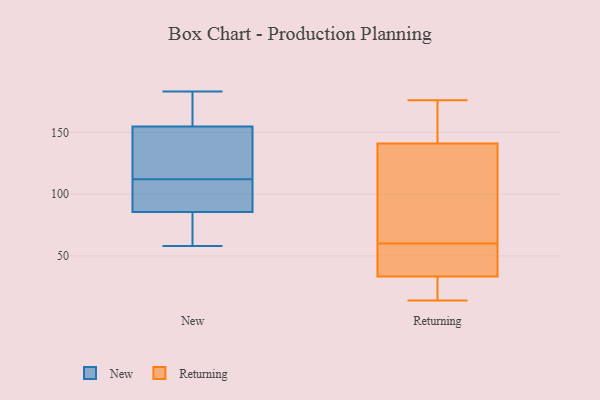
{"axis": {"x": "Budget (USD K)", "y": "Value"}, "legend": ["New", "Returning"], "data": [{"x": "", "y": 88, "type": "New"}, {"x": "", "y": 100, "type": "New"}, {"x": "", "y": 154, "type": "New"}, {"x": "", "y": 58, "type": "New"}, {"x": "", "y": 72, "type": "New"}, {"x": "", "y": 86, "type": "New"}, {"x": "", "y": 157, "type": "New"}, {"x": "", "y": 112, "type": "New"}, {"x": "", "y": 112, "type": "New"}, {"x": "", "y": 171, "type": "New"}, {"x": "", "y": 96, "type": "New"}, {"x": "", "y": 75, "type": "New"}, {"x": "", "y": 84, "type": "New"}, {"x": "", "y": 180, "type": "New"}, {"x": "", "y": 153, "type": "New"}, {"x": "", "y": 152, "type": "New"}, {"x": "", "y": 183, "type": "New"}, {"x": "", "y": 60, "type": "Returning"}, {"x": "", "y": 165, "type": "Returning"}, {"x": "", "y": 39, "type": "Returning"}, {"x": "", "y": 15, "type": "Returning"}, {"x": "", "y": 60, "type": "Returning"}, {"x": "", "y": 105, "type": "Returning"}, {"x": "", "y": 120, "type": "Returning"}, {"x": "", "y": 133, "type": "Returning"}, {"x": "", "y": 16, "type": "Returning"}, {"x": "", "y": 49, "type": "Returning"}, {"x": "", "y": 176, "type": "Returning"}, {"x": "", "y": 172, "type": "Returning"}, {"x": "", "y": 14, "type": "Returning"}]}